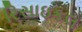
રિસાઇકલ